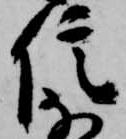
信